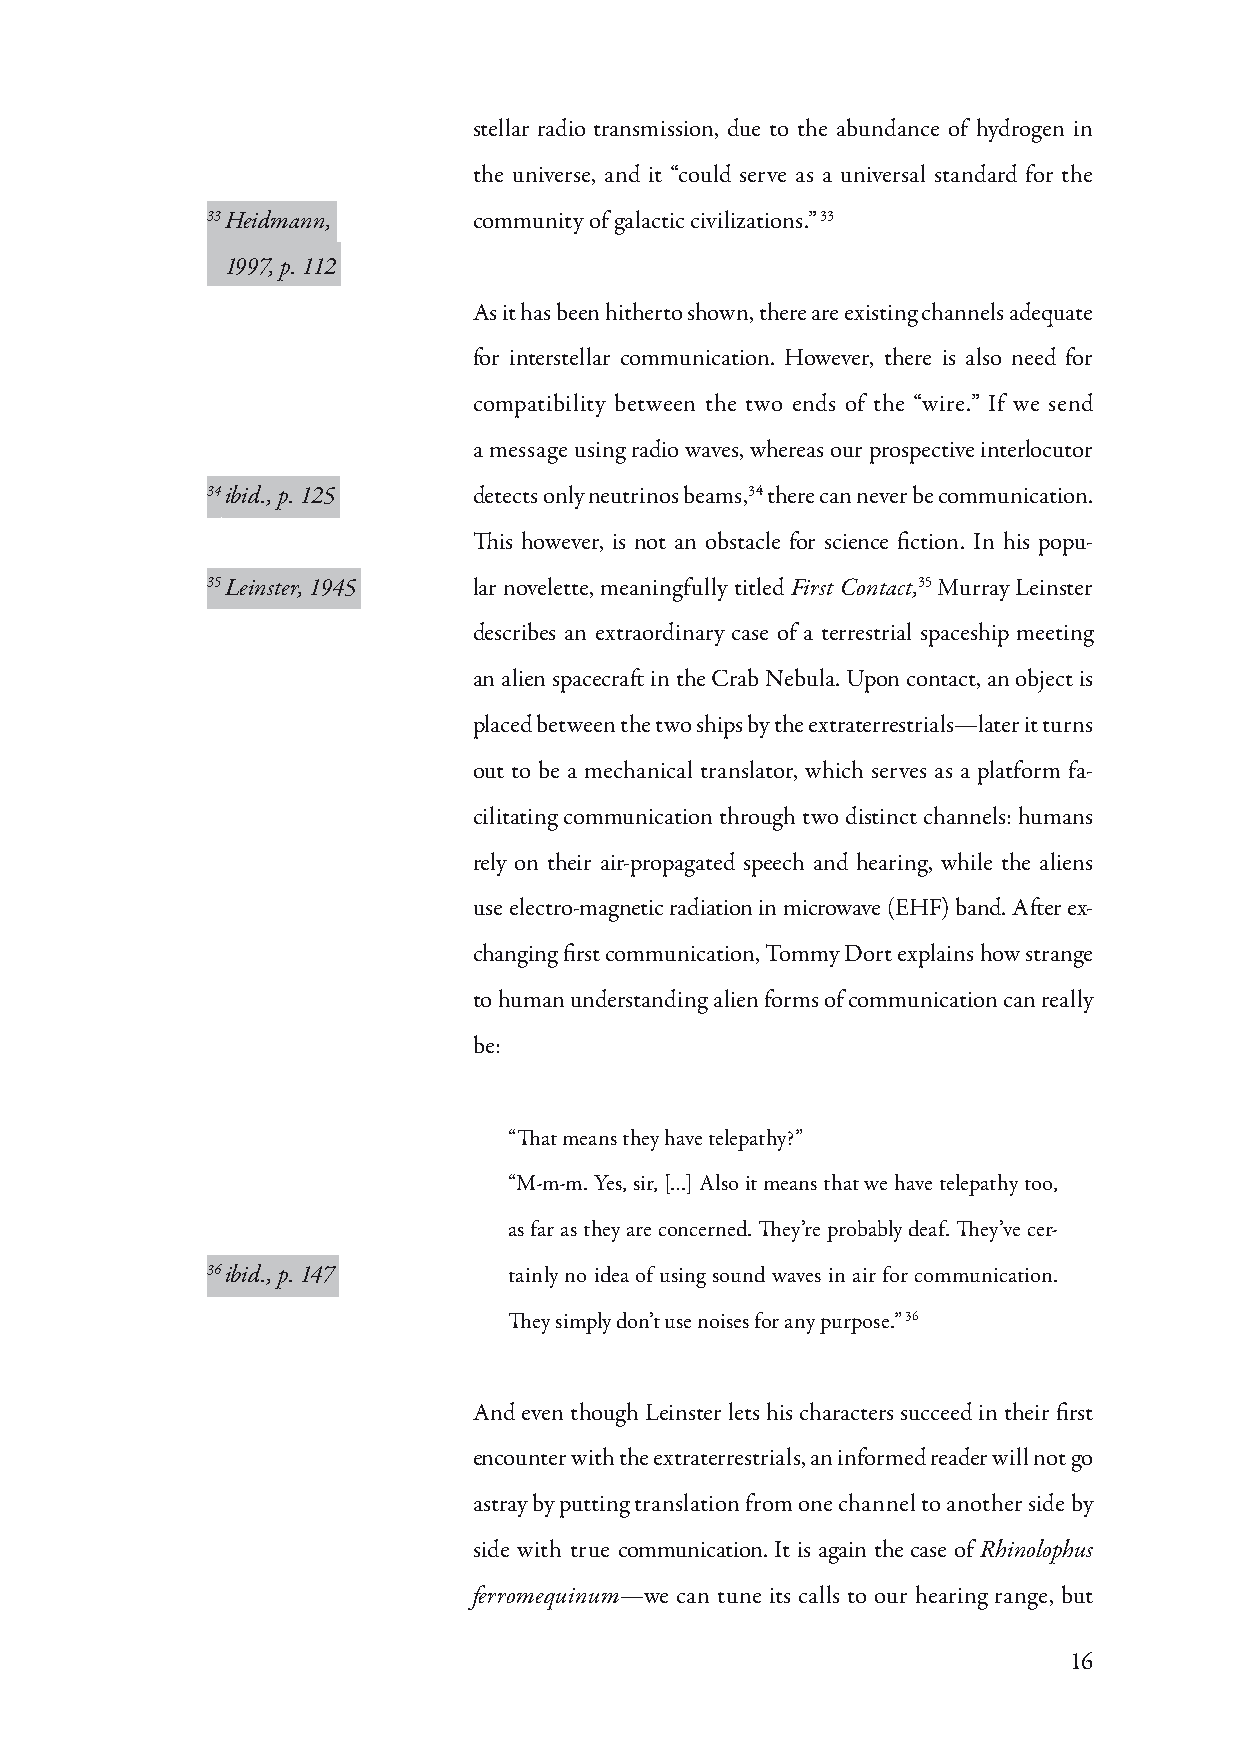
stellar radio transmission, due to the abundance of hydrogen in
 the universe, and it “could serve as a universal standard for the
 33 Heidmann,     community of galactic civilizations.” 33
 1997, p. 112
 As it has been hitherto shown, there are existing channels adequate
 for interstellar communication. However, there is also need for
 compatibility between the two ends of the “wire.” If we send
 a message using radio waves, whereas our prospective interlocutor
 34 ibid., p. 125 detects only neutrinos beams,34 there can never be communication.
 This however, is not an obstacle for science fiction. In his popu-
 35 Leinster, 1945 lar novelette, meaningfully titled First Contact,35 Murray Leinster
 describes an extraordinary case of a terrestrial spaceship meeting
 an alien spacecraft in the Crab Nebula. Upon contact, an object is
 placed between the two ships by the extraterrestrials—later it turns
 out to be a mechanical translator, which serves as a platform fa-
 cilitating communication through two distinct channels: humans
 rely on their air-propagated speech and hearing, while the aliens
 use electro-magnetic radiation in microwave (EHF) band. After ex-
 changing first communication, Tommy Dort explains how strange
 to human understanding alien forms of communication can really
 be:
 “That means they have telepathy?”
 “M-m-m. Yes, sir, […] Also it means that we have telepathy too,
 as far as they are concerned. They’re probably deaf. They’ve cer-
 36 ibid., p. 147    tainly no idea of using sound waves in air for communication.
 They simply don’t use noises for any purpose.” 36
 And even though Leinster lets his characters succeed in their first
 encounter with the extraterrestrials, an informed reader will not go
 astray by putting translation from one channel to another side by
 side with true communication. It is again the case of Rhinolophus
 ferromequinum—we can tune its calls to our hearing range, but
 16